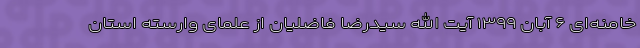
خامنه‌ای ۶ آبان ۱۳۹۹ آیت الله سیدرضا فاضلیان از علمای وارسته استان